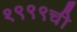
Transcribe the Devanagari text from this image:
१९९९ची